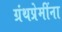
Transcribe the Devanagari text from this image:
ग्रंथप्रेमींना